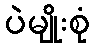
ပဲမျိုးစုံ